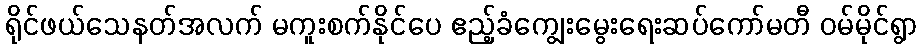
ရိုင်ဖယ်သေနတ်အလက် မကူးစက်နိုင်ပေ ဧည့်ခံကျွေးမွေးရေးဆပ်ကော်မတီ ဝမ်မိုင်ရွာ